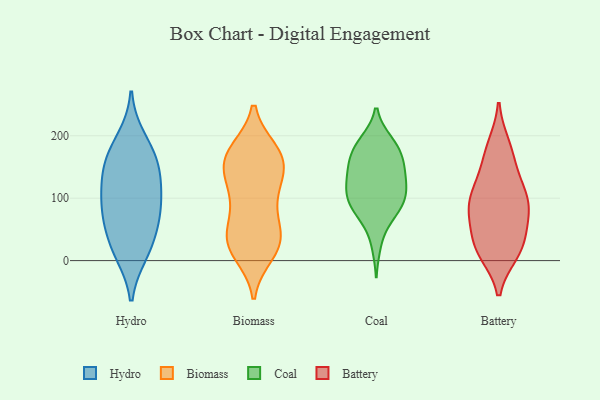
{"axis": {"x": "Operating Costs (USD K)", "y": "Value"}, "legend": ["Battery", "Biomass", "Coal", "Hydro"], "data": [{"x": "", "y": 69, "type": "Hydro"}, {"x": "", "y": 195, "type": "Hydro"}, {"x": "", "y": 67, "type": "Hydro"}, {"x": "", "y": 38, "type": "Hydro"}, {"x": "", "y": 166, "type": "Hydro"}, {"x": "", "y": 114, "type": "Hydro"}, {"x": "", "y": 142, "type": "Hydro"}, {"x": "", "y": 86, "type": "Hydro"}, {"x": "", "y": 100, "type": "Hydro"}, {"x": "", "y": 139, "type": "Hydro"}, {"x": "", "y": 169, "type": "Hydro"}, {"x": "", "y": 12, "type": "Hydro"}, {"x": "", "y": 14, "type": "Hydro"}, {"x": "", "y": 123, "type": "Biomass"}, {"x": "", "y": 38, "type": "Biomass"}, {"x": "", "y": 25, "type": "Biomass"}, {"x": "", "y": 24, "type": "Biomass"}, {"x": "", "y": 87, "type": "Biomass"}, {"x": "", "y": 159, "type": "Biomass"}, {"x": "", "y": 115, "type": "Biomass"}, {"x": "", "y": 156, "type": "Biomass"}, {"x": "", "y": 38, "type": "Biomass"}, {"x": "", "y": 173, "type": "Biomass"}, {"x": "", "y": 175, "type": "Biomass"}, {"x": "", "y": 156, "type": "Biomass"}, {"x": "", "y": 93, "type": "Biomass"}, {"x": "", "y": 12, "type": "Biomass"}, {"x": "", "y": 146, "type": "Biomass"}, {"x": "", "y": 25, "type": "Biomass"}, {"x": "", "y": 51, "type": "Biomass"}, {"x": "", "y": 175, "type": "Biomass"}, {"x": "", "y": 78, "type": "Coal"}, {"x": "", "y": 105, "type": "Coal"}, {"x": "", "y": 74, "type": "Coal"}, {"x": "", "y": 188, "type": "Coal"}, {"x": "", "y": 133, "type": "Coal"}, {"x": "", "y": 150, "type": "Coal"}, {"x": "", "y": 190, "type": "Coal"}, {"x": "", "y": 108, "type": "Coal"}, {"x": "", "y": 72, "type": "Coal"}, {"x": "", "y": 133, "type": "Coal"}, {"x": "", "y": 26, "type": "Coal"}, {"x": "", "y": 191, "type": "Coal"}, {"x": "", "y": 148, "type": "Coal"}, {"x": "", "y": 159, "type": "Coal"}, {"x": "", "y": 170, "type": "Coal"}, {"x": "", "y": 121, "type": "Coal"}, {"x": "", "y": 103, "type": "Coal"}, {"x": "", "y": 168, "type": "Coal"}, {"x": "", "y": 107, "type": "Coal"}, {"x": "", "y": 89, "type": "Coal"}, {"x": "", "y": 79, "type": "Battery"}, {"x": "", "y": 111, "type": "Battery"}, {"x": "", "y": 110, "type": "Battery"}, {"x": "", "y": 185, "type": "Battery"}, {"x": "", "y": 12, "type": "Battery"}, {"x": "", "y": 78, "type": "Battery"}, {"x": "", "y": 135, "type": "Battery"}, {"x": "", "y": 156, "type": "Battery"}, {"x": "", "y": 87, "type": "Battery"}, {"x": "", "y": 81, "type": "Battery"}, {"x": "", "y": 98, "type": "Battery"}, {"x": "", "y": 27, "type": "Battery"}, {"x": "", "y": 13, "type": "Battery"}, {"x": "", "y": 179, "type": "Battery"}, {"x": "", "y": 34, "type": "Battery"}, {"x": "", "y": 49, "type": "Battery"}, {"x": "", "y": 14, "type": "Battery"}]}